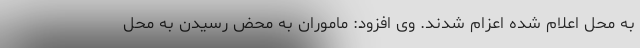
به محل اعلام شده اعزام شدند. وی افزود: ماموران به محض رسیدن به محل